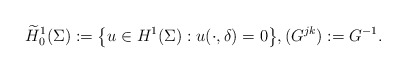
\begin{align*}\widetilde H^1_{0}(\Sigma):=\big\{u\in H^1(\Sigma): u(\cdot,\delta)=0\big\}, (G^{jk}):=G^{-1}.\end{align*}